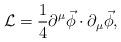
LaTeX: \begin{align*}\mathcal{L}= \frac{1}{4}\partial^{\mu}\vec\phi\cdot\partial_{\mu}\vec\phi,\end{align*}